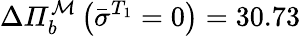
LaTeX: \Delta\mathit{\Pi}_{b}^{\mathcal{M}}\left(\bar{\sigma}^{T_{1}}=0\right)=30.73\